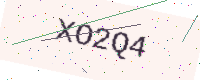
Text: XO2Q4